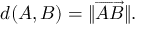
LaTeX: d ( A , B ) = \| { \overrightarrow { A B } } \| .